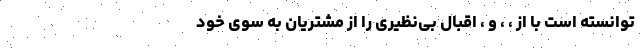
توانسته است با از ، ، و ، اقبال بی‌نظیری را از مشتریان به سوی خود